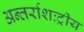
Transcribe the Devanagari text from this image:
अन्तर्राशःट्रीय